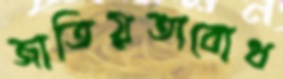
জাতিয়তাবোধ